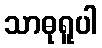
သာဓုရူပါ